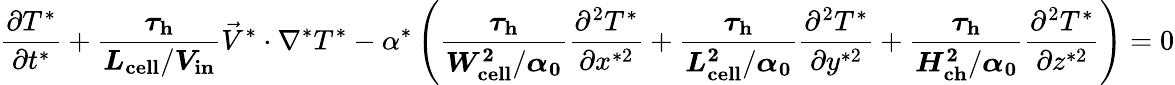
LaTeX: \frac{\partial T^{*}}{\partial t^{*}}+\boldsymbol{\frac{\tau_{\mathrm{h}}}{L_{\mathrm{cell}}/V_{\mathrm{in}}}}\vec{V}^{*}\cdot\nabla^{*}T^{*}-\alpha^{*}\left(\boldsymbol{\frac{\tau_{\mathrm{h}}}{W_{\mathrm{cell}}^{2}/\alpha_{0}}}\frac{\partial^{2}T^{*}}{\partial x^{*2}}+\boldsymbol{\frac{\tau_{\mathrm{h}}}{L_{\mathrm{cell}}^{2}/\alpha_{0}}}\frac{\partial^{2}T^{*}}{\partial y^{*2}}+\boldsymbol{\frac{\tau_{\mathrm{h}}}{H_{\mathrm{ch}}^{2}/\alpha_{0}}}\frac{\partial^{2}T^{*}}{\partial z^{*2}}\right)=0